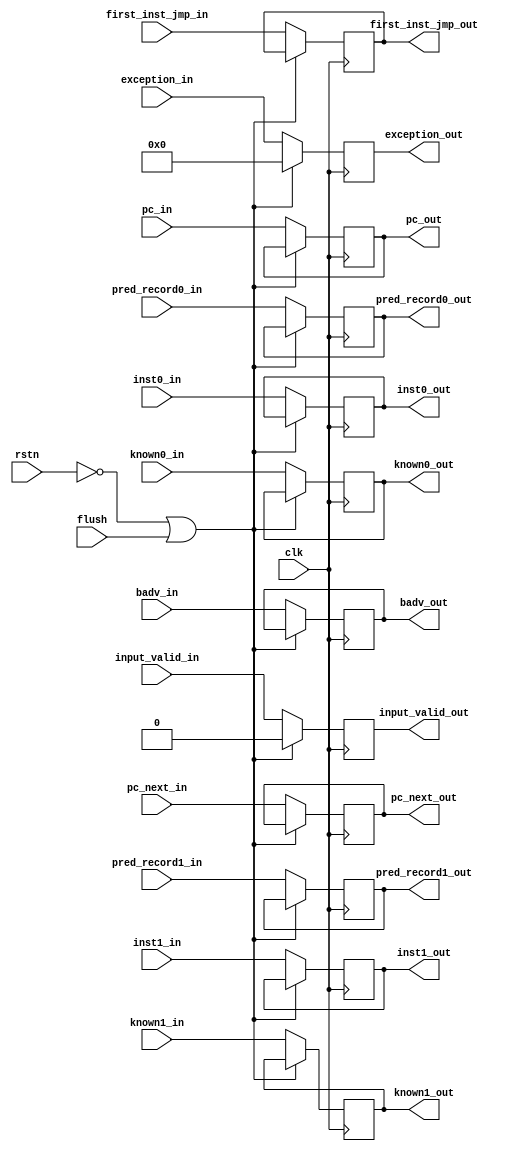
module decode_unit_input_reg
(
    input clk,rstn,flush,

    input input_valid_in,
    input [31:0] inst0_in, inst1_in,
    input known0_in,known1_in,
    input [31:0] pred_record0_in,pred_record1_in,
    input first_inst_jmp_in,
    input [6:0] exception_in,
    input [31:0] badv_in,
    input [31:0] pc_in,
    input [31:0] pc_next_in,

    output reg input_valid_out,
    output reg [31:0] inst0_out, inst1_out,
    output reg known0_out,known1_out,
    output reg [31:0] pred_record0_out,pred_record1_out,
    output reg first_inst_jmp_out,
    output reg [6:0] exception_out,
    output reg [31:0] badv_out,
    output reg [31:0] pc_out,
    output reg [31:0] pc_next_out
);
    always @(posedge clk)
        if(~rstn || flush)begin
            input_valid_out <= 0;
            exception_out <= 0;
        end
        else begin
            input_valid_out <= input_valid_in;
            inst0_out       <= inst0_in;
            inst1_out       <= inst1_in;
            known0_out      <= known0_in;
            known1_out      <= known1_in;
            pred_record0_out<= pred_record0_in;
            pred_record1_out<= pred_record1_in;
            first_inst_jmp_out<=first_inst_jmp_in;
            pc_out          <= pc_in;
            pc_next_out     <= pc_next_in;
            exception_out   <= exception_in;
            badv_out        <= badv_in;
        end
endmodule